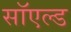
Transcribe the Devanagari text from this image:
सॉएल्ड